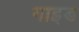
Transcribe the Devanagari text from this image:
माइड